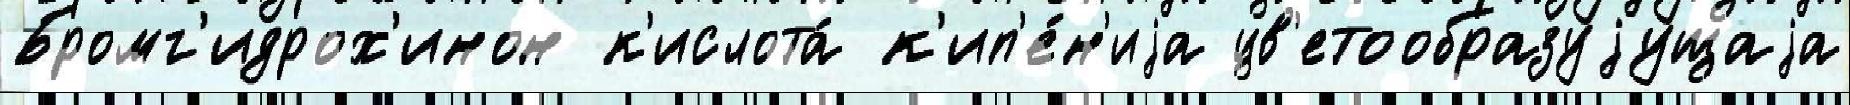
Бромг'идрох'инон к'ислота́ к'ип'е́н'иjа цв'етообразуjущаjа